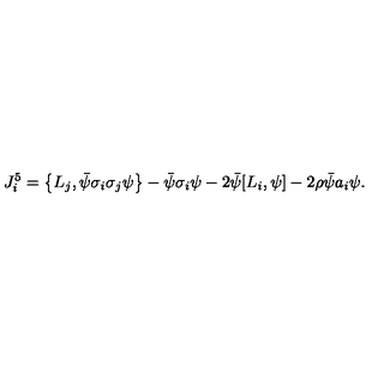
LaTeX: J _ { i } ^ { 5 } = \left\{ L _ { j } , \bar { \psi } \sigma _ { i } \sigma _ { j } \psi \right\} - \bar { \psi } \sigma _ { i } \psi - 2 \bar { \psi } [ L _ { i } , \psi ] - 2 \rho \bar { \psi } a _ { i } \psi .